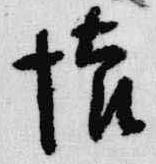
懐